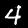
Label: 4